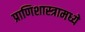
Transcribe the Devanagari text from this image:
प्राणिशास्त्रामध्ये